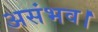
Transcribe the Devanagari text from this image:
असंभव।